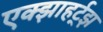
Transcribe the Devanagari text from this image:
एक्झाहर्ट्‌झ